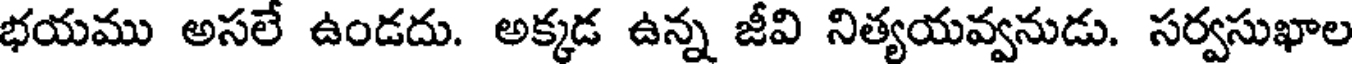
భయము అసలే ఉండదు. అక్కడ ఉన్న జీవి నిత్యయవ్వనుడు. సర్వసుఖాల